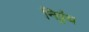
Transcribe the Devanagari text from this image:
निग्र्रंथ